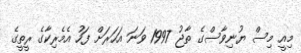
މިއީ މިސް ޔުނިވާސްގެ ތާޖު 1997 ވަނަ އަހަރަށް ފަހު އެމެރިކާގެ ރީތީގެ